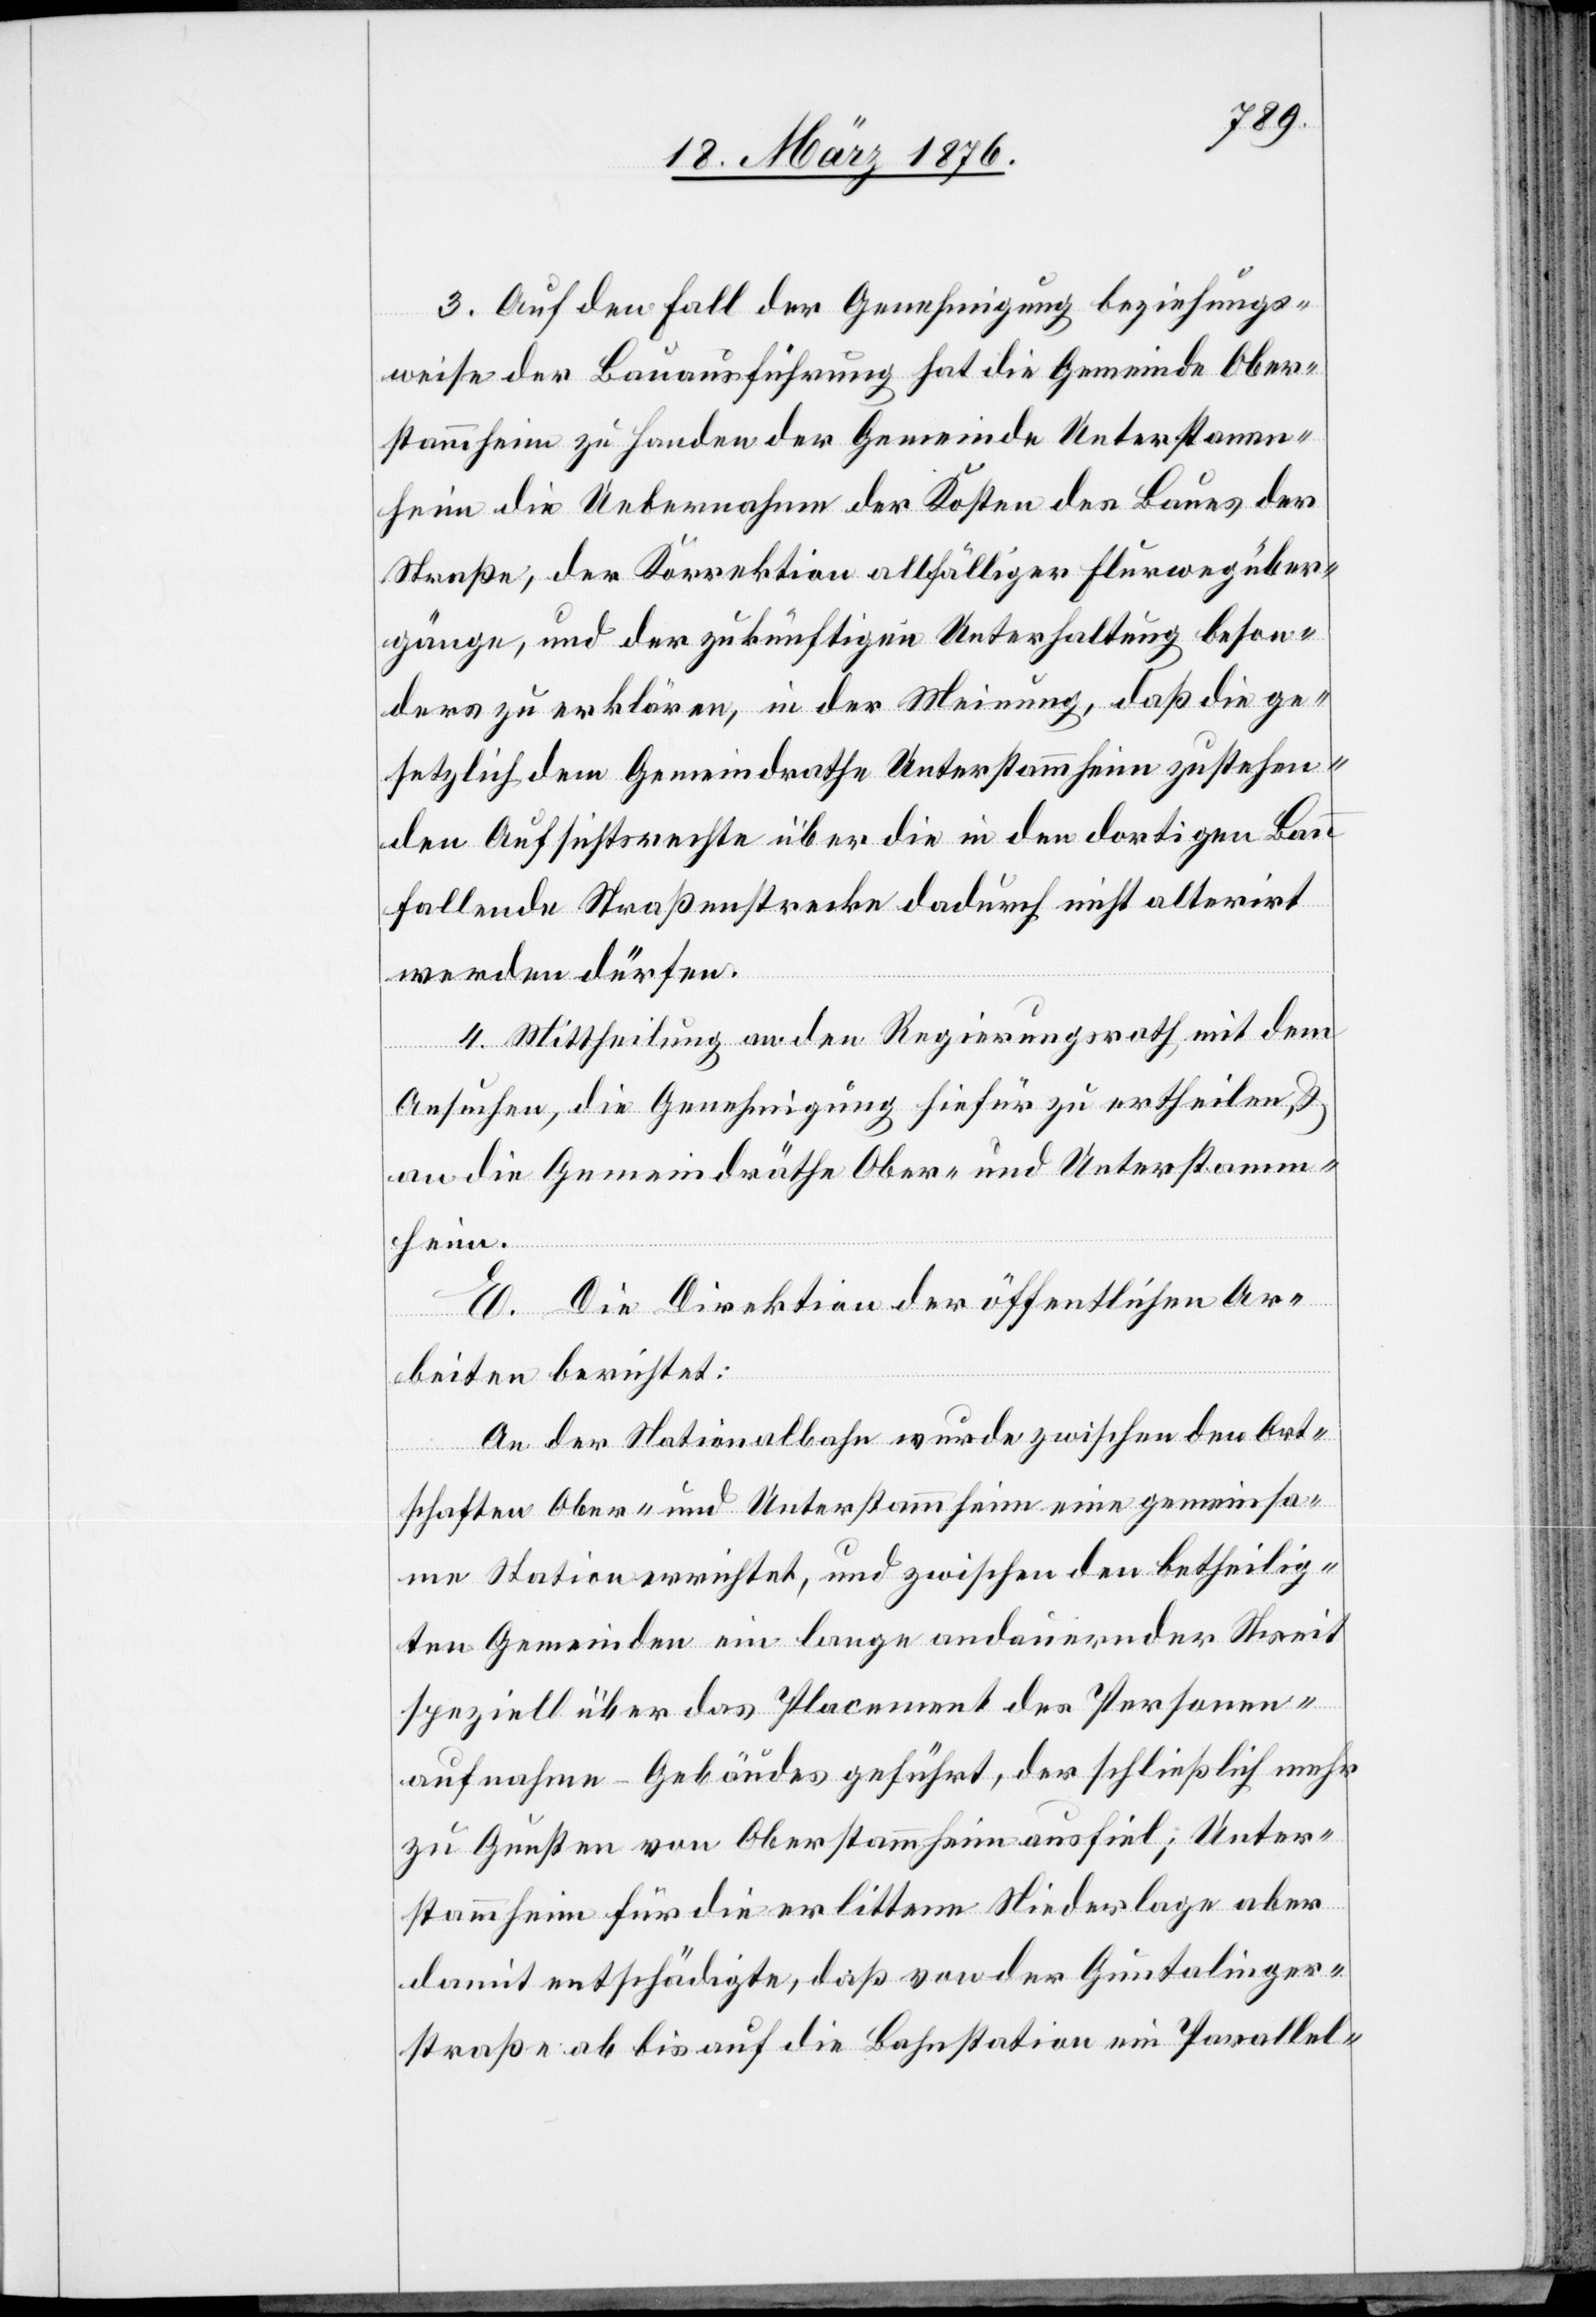
3. Auf den Fall der Genehmigung beziehungs¬
wese der Bauausführung hat die Gemeinde Ober¬
stammheim zu Handen der Gemeinde Unterstamm¬
heim die Uebernahme der Kosten des Baues der
Straße, der Korrektion allfälliger Flurwegüber¬
gänge, und der zukünftigen Unterhaltung beson¬
ders zu erklären, in der Meinung, daß die ge¬
setzlich dem Gemeindrathe Unterstammheim zustehen¬
den Ansichtsrechte über die in den dortigen Bau
fallende Straßenstrecke dadurch nicht alterirt
werden dürfe.
4. Mittheilung an den Regierungsrath mit dem
Ansuchen, die Genehmigung hiefür zu ertheilen &
an die Gemeindräthe Ober- und Unterstamm¬
heim.
E. Die Direktion der öffentlichen Ar¬
beiten berichtet:
An der Nationalbahn wurde zwischen den Ort¬
schaften Ober- und Unterstammheim eine gemeinsa¬
me Station errichtet, und zwischen den betheilig¬
ten Gemeinden ein lange andauernder Streit
speziell über das Placement des Personen¬
aufnahmegebäudes geführt, der schließlich mehr
zu Gunsten von Oberstammheim ausfiel; Unter¬
stammheim für die erlittene Niederlage aber
damit entschädigte, daß von der Guntalinger¬
straße ab bis auf die Bahnstation ein Parallel-